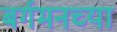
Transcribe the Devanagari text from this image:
बर्गमनच्या